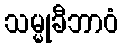
သမ္မုခီဘာဝံ